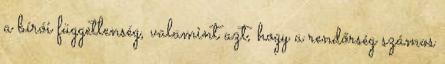
a bírói függetlenség, valamint azt, hogy a rendőrség számos